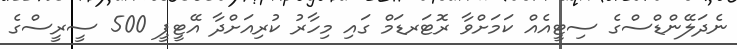
ނެދަލޭންޑްސްގެ ސިޓީއެއް ކަމަށްވާ ރޮޓަރޑަމް ގައި މިހާރު ކުރިއަށްދާ އޭޓީޕީ 500 ސީރީސްގެ